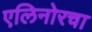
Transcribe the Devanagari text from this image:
एलिनोरचा